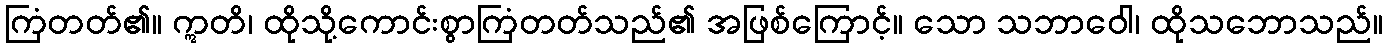
ကြံတတ်၏။ ဣတိ၊ ထိုသို့ကောင်းစွာကြံတတ်သည်၏ အဖြစ်ကြောင့်။ သော သဘာဝေါ၊ ထိုသဘောသည်။